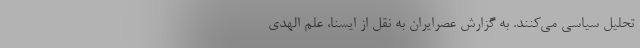
تحلیل سیاسی می‌کنند. به گزارش عصرایران به نقل از ایسنا، علم الهدی